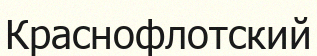
Краснофлотский